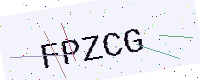
Text: FPZCG